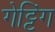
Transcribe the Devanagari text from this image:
गेट्टिंग